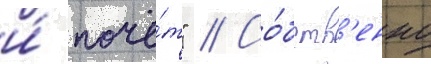
и́ почё́т" // Со́бств'енно